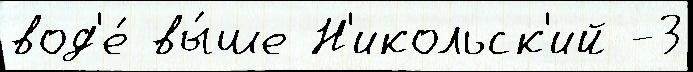
вод'е́ вы́ше Н'икольск'ий -3